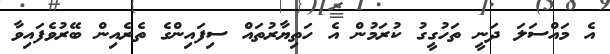
އެ މައްސަލަ ދަނީ ތަހުގީގު ކުރަމުން އެ ހަތިޔާރުތައް ސިފައިންގެ ތެރެއިން ބޭރުވެފައިވާ